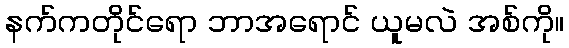
နက်ကတိုင်ရော ဘာအရောင် ယူမလဲ အစ်ကို။